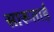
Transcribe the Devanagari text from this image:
सारूताई